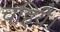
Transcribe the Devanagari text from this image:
चहियै।